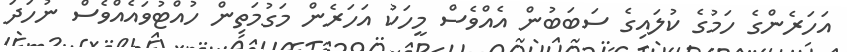
އަހަރެންގެ ހަމުގެ ކުލައިގެ ސަބަބުން އެއްވެސް މީހަކު އަހަރެން މަގުމަތިން ހުއްޓުވައެއްވެސް ނުހަދަ